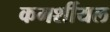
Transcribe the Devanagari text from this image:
कमर्शीयल